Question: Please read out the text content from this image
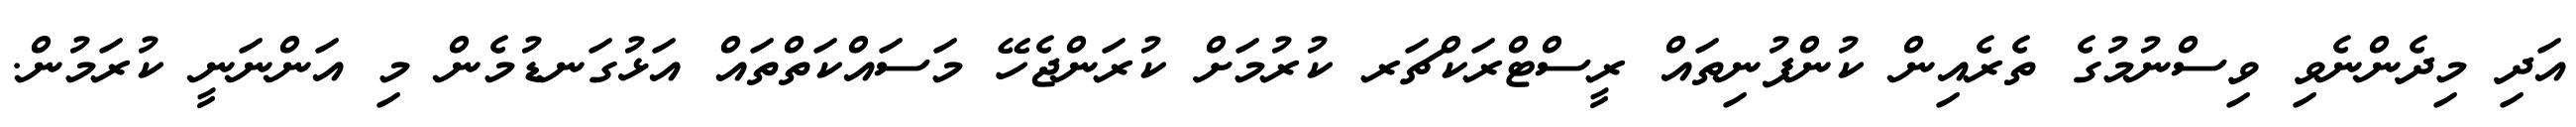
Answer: އަދި މިދެންނެވި ވިސްނުމުގެ ތެރެއިން ކުންފުނިތައް ރީސްޓްރަކްޗަރ ކުރުމަށް ކުރަންޖެހޭ މަސައްކަތްތައް އަޅުގަނޑުމެން މި އަންނަނީ ކުރަމުން.